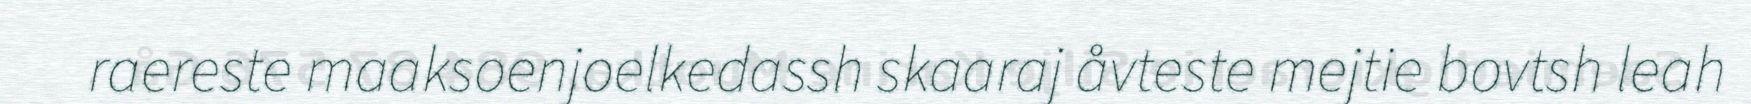
raereste maaksoenjoelkedassh skaaraj åvteste mejtie bovtsh leah